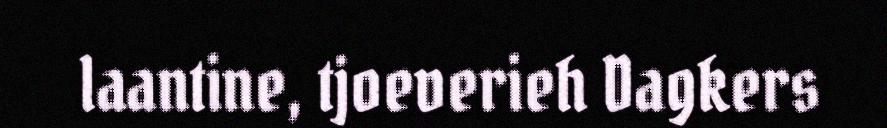
laantine, tjoeverieh Dagkers